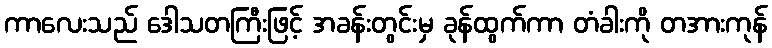
ကာလေးသည် ဒေါသတကြီးဖြင့် အခန်းတွင်းမှ ခုန်ထွက်ကာ တံခါးကို တအားကုန်